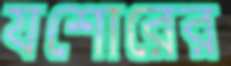
যশোরের